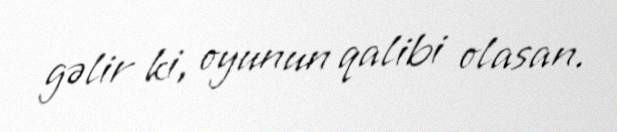
gəlir ki, oyunun qalibi olasan.